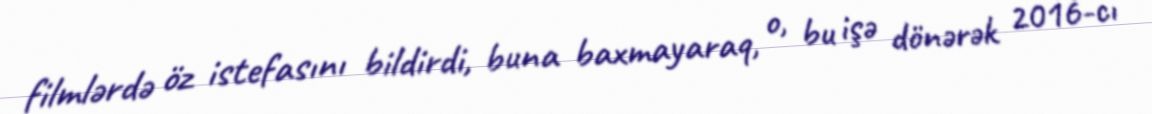
filmlərdə öz istefasını bildirdi, buna baxmayaraq, o, bu işə dönərək 2016-cı